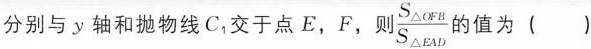
分别与y轴和抛物线C_{1}交于点E，F，则\frac{S_{\triangle O F B}}{S_{\triangle E A D}}的值为()